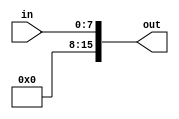
module zeroXtend70(in,out);
input [7:0] in;
output [15:0] out;

assign out = {{8{1'b0}},in[7:0]};


endmodule